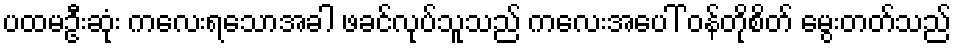
ပထမဦးဆုံး ကလေးရသောအခါ ဖခင်လုပ်သူသည် ကလေးအပေါ် ဝန်တိုစိတ် မွေးတတ်သည်